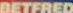
DETFRED